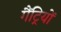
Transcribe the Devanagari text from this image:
गैंट्रियों